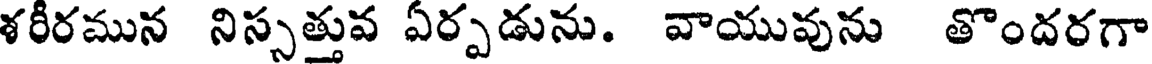
శరీరమున నిస్సత్తువ ఏర్పడును. వాయువును తొందరగా